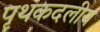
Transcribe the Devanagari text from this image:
पृथकदलीय